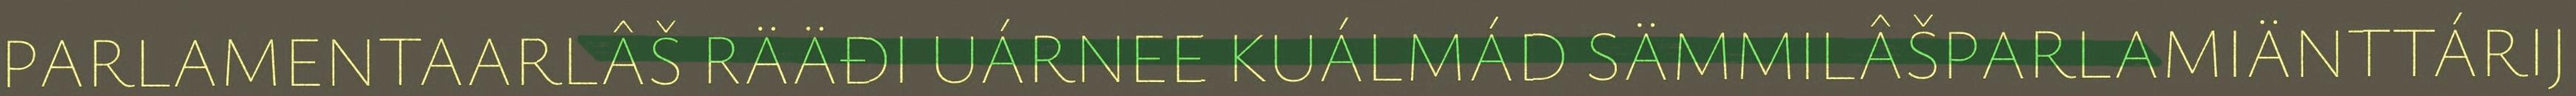
PARLAMENTAARLÂŠ RÄÄĐI UÁRNEE KUÁLMÁD SÄMMILÂŠPARLAMIÄNTTÁRIJ